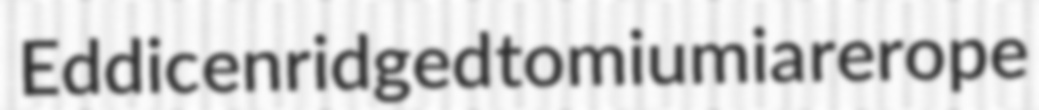
Eddic enridged tomiumia rerope